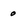
Character: 0